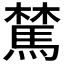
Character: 𩤆